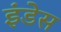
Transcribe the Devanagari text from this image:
इंडेस